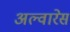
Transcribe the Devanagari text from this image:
अल्वारेस